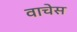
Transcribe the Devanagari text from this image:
वाचेस